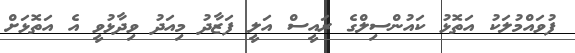
ފުވައްމުލަކު އަތޮޅު ކައުންސިލްގެ ރައީސް އަލީ ފަޒާދު މިއަދު ވިދާޅުވީ އެ އަތޮޅަށް